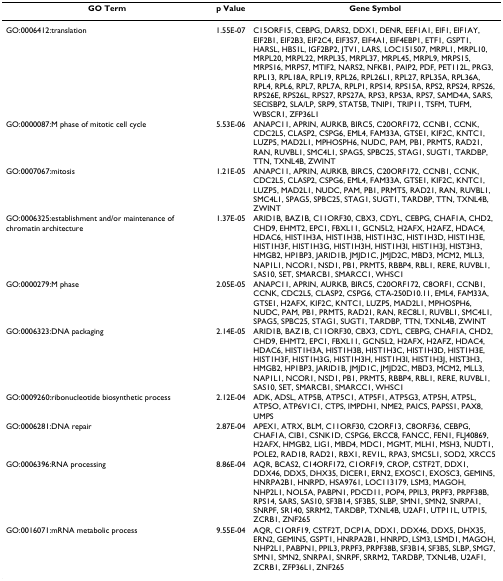
<table><thead><tr><td><b>GO Term</b></td><td><b>p Value</b></td><td><b>Gene Symbol</b></td></tr></thead><tbody><tr><td>GO:0006412:translation</td><td>1.55E-07</td><td>C15ORF15, CEBPG, DARS2, DDX1, DENR, EEF1A1, EIF1, EIF1AY, EIF2B1, EIF2B3, EIF2C4, EIF3S7, EIF4A1, EIF4EBP1, ETF1, GSPT1, HARSL, HBS1L, IGF2BP2, JTV1, LARS, LOC151507, MRPL1, MRPL10, MRPL20, MRPL22, MRPL35, MRPL37, MRPL45, MRPL9, MRPS15, MRPS16, MRPS7, MTIF2, NARS2, NFKB1, PAIP2, PDF, PET112L, PRG3, RPL13, RPL18A, RPL19, RPL26, RPL26L1, RPL27, RPL35A, RPL36A, RPL4, RPL6, RPL7, RPL7A, RPLP1, RPS14, RPS15A, RPS2, RPS24, RPS26, RPS26E, RPS26L, RPS27, RPS27A, RPS3, RPS3A, RPS7, SAMD4A, SARS, SECISBP2, SLA/LP, SRP9, STAT5B, TNIP1, TRIP11, TSFM, TUFM, WBSCR1, ZFP36L1</td></tr><tr><td>GO:0000087:M phase of mitotic cell cycle</td><td>5.53E-06</td><td>ANAPC11, APRIN, AURKB, BIRC5, C20ORF172, CCNB1, CCNK, CDC2L5, CLASP2, CSPG6, EML4, FAM33A, GTSE1, KIF2C, KNTC1, LUZP5, MAD2L1, MPHOSPH6, NUDC, PAM, PB1, PRMT5, RAD21, RAN, RUVBL1, SMC4L1, SPAG5, SPBC25, STAG1, SUGT1, TARDBP, TTN, TXNL4B, ZWINT</td></tr><tr><td>GO:0007067:mitosis</td><td>1.21E-05</td><td>ANAPC11, APRIN, AURKB, BIRC5, C20ORF172, CCNB1, CCNK, CDC2L5, CLASP2, CSPG6, EML4, FAM33A, GTSE1, KIF2C, KNTC1, LUZP5, MAD2L1, NUDC, PAM, PB1, PRMT5, RAD21, RAN, RUVBL1, SMC4L1, SPAG5, SPBC25, STAG1, SUGT1, TARDBP, TTN, TXNL4B, ZWINT</td></tr><tr><td>GO:0006325:establishment and/or maintenance of chromatin architecture</td><td>1.37E-05</td><td>ARID1B, BAZ1B, C11ORF30, CBX3, CDYL, CEBPG, CHAF1A, CHD2, CHD9, EHMT2, EPC1, FBXL11, GCN5L2, H2AFX, H2AFZ, HDAC4, HDAC6, HIST1H3A, HIST1H3B, HIST1H3C, HIST1H3D, HIST1H3E, HIST1H3F, HIST1H3G, HIST1H3H, HIST1H3I, HIST1H3J, HIST3H3, HMGB2, HP1BP3, JARID1B, JMJD1C, JMJD2C, MBD3, MCM2, MLL3, NAP1L1, NCOR1, NSD1, PB1, PRMT5, RBBP4, RBL1, RERE, RUVBL1, SAS10, SET, SMARCB1, SMARCC1, WHSC1</td></tr><tr><td>GO:0000279:M phase</td><td>2.05E-05</td><td>ANAPC11, APRIN, AURKB, BIRC5, C20ORF172, C8ORF1, CCNB1, CCNK, CDC2L5, CLASP2, CSPG6, CTA-250D10.11, EML4, FAM33A, GTSE1, H2AFX, KIF2C, KNTC1, LUZP5, MAD2L1, MPHOSPH6, NUDC, PAM, PB1, PRMT5, RAD21, RAN, REC8L1, RUVBL1, SMC4L1, SPAG5, SPBC25, STAG1, SUGT1, TARDBP, TTN, TXNL4B, ZWINT</td></tr><tr><td>GO:0006323:DNA packaging</td><td>2.14E-05</td><td>ARID1B, BAZ1B, C11ORF30, CBX3, CDYL, CEBPG, CHAF1A, CHD2, CHD9, EHMT2, EPC1, FBXL11, GCN5L2, H2AFX, H2AFZ, HDAC4, HDAC6, HIST1H3A, HIST1H3B, HIST1H3C, HIST1H3D, HIST1H3E, HIST1H3F, HIST1H3G, HIST1H3H, HIST1H3I, HIST1H3J, HIST3H3, HMGB2, HP1BP3, JARID1B, JMJD1C, JMJD2C, MBD3, MCM2, MLL3, NAP1L1, NCOR1, NSD1, PB1, PRMT5, RBBP4, RBL1, RERE, RUVBL1, SAS10, SET, SMARCB1, SMARCC1, WHSC1</td></tr><tr><td>GO:0009260:ribonucleotide biosynthetic process</td><td>2.12E-04</td><td>ADK, ADSL, ATP5B, ATP5C1, ATP5F1, ATP5G3, ATP5H, ATP5L, ATP5O, ATP6V1C1, CTPS, IMPDH1, NME2, PAICS, PAPSS1, PAX8, UMPS</td></tr><tr><td>GO:0006281:DNA repair</td><td>2.87E-04</td><td>APEX1, ATRX, BLM, C11ORF30, C2ORF13, C8ORF36, CEBPG, CHAF1A, CIB1, CSNK1D, CSPG6, ERCC8, FANCC, FEN1, FLJ40869, H2AFX, HMGB2, LIG1, MBD4, MDC1, MGMT, MLH1, MSH3, NUDT1, POLE2, RAD18, RAD21, RBX1, REV1L, RPA3, SMC5L1, SOD2, XRCC5</td></tr><tr><td>GO:0006396:RNA processing</td><td>8.86E-04</td><td>AQR, BCAS2, C14ORF172, C1ORF19, CROP, CSTF2T, DDX1, DDX46, DDX5, DHX35, DICER1, ERN2, EXOSC1, EXOSC3, GEMIN5, HNRPA2B1, HNRPD, HSA9761, LOC113179, LSM3, MAGOH, NHP2L1, NOL5A, PABPN1, PDCD11, POP4, PPIL3, PRPF3, PRPF38B, RPS14, SARS, SAS10, SF3B14, SF3B5, SLBP, SMN1, SMN2, SNRPA1, SNRPF, SR140, SRRM2, TARDBP, TXNL4B, U2AF1, UTP11L, UTP15, ZCRB1, ZNF265</td></tr><tr><td>GO:0016071:mRNA metabolic process</td><td>9.55E-04</td><td>AQR, C1ORF19, CSTF2T, DCP1A, DDX1, DDX46, DDX5, DHX35, ERN2, GEMIN5, GSPT1, HNRPA2B1, HNRPD, LSM3, LSMD1, MAGOH, NHP2L1, PABPN1, PPIL3, PRPF3, PRPF38B, SF3B14, SF3B5, SLBP, SMG7, SMN1, SMN2, SNRPA1, SNRPF, SRRM2, TARDBP, TXNL4B, U2AF1, ZCRB1, ZFP36L1, ZNF265</td></tr></tbody></table>